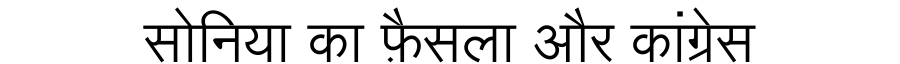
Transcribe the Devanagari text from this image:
सोनिया का फ़ैसला और कांग्रेस